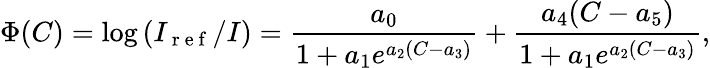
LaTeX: \Phi(C)=\log\left(I_{\mathrm{~r~e~f~}}/I\right)=\frac{a_{0}}{1+a_{1}e^{a_{2}(C-a_{3})}}+\frac{a_{4}(C-a_{5})}{1+a_{1}e^{a_{2}(C-a_{3})}},